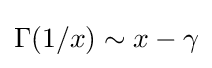
\Gamma (1/x)\sim x-\gamma